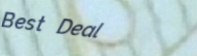
Best Deal